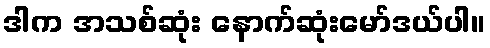
ဒါက အသစ်ဆုံး နောက်ဆုံးမော်ဒယ်ပါ။